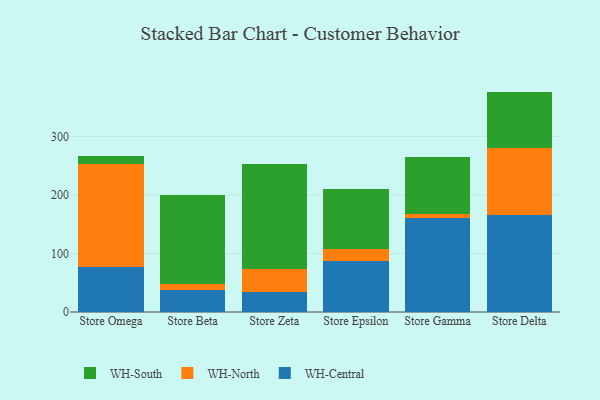
{"axis": {"x": "Store", "y": "Shipments"}, "legend": ["WH-Central", "WH-North", "WH-South"], "data": [{"x": "Store Omega", "y": 76.5, "type": "WH-Central"}, {"x": "Store Omega", "y": 176.5, "type": "WH-North"}, {"x": "Store Omega", "y": 13.4, "type": "WH-South"}, {"x": "Store Beta", "y": 38.2, "type": "WH-Central"}, {"x": "Store Beta", "y": 10.3, "type": "WH-North"}, {"x": "Store Beta", "y": 151.0, "type": "WH-South"}, {"x": "Store Zeta", "y": 34.8, "type": "WH-Central"}, {"x": "Store Zeta", "y": 39.5, "type": "WH-North"}, {"x": "Store Zeta", "y": 178.7, "type": "WH-South"}, {"x": "Store Epsilon", "y": 87.0, "type": "WH-Central"}, {"x": "Store Epsilon", "y": 19.9, "type": "WH-North"}, {"x": "Store Epsilon", "y": 103.2, "type": "WH-South"}, {"x": "Store Gamma", "y": 161.0, "type": "WH-Central"}, {"x": "Store Gamma", "y": 6.6, "type": "WH-North"}, {"x": "Store Gamma", "y": 97.8, "type": "WH-South"}, {"x": "Store Delta", "y": 165.7, "type": "WH-Central"}, {"x": "Store Delta", "y": 114.6, "type": "WH-North"}, {"x": "Store Delta", "y": 96.4, "type": "WH-South"}]}